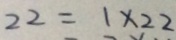
2 2 = 1 \times 2 2